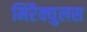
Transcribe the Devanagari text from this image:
मिरैक्युलस